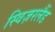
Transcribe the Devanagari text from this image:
स्विज़रलैंड